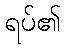
ရပ်၏